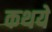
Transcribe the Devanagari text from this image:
कथये